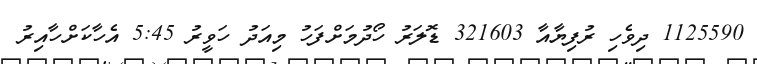
1125590 ދިވެހި ރުފިޔާއާ 321603 ޑޮލަރު ހޯދުމަށްފަހު މިއަދު ހަވީރު 5:45 އެހާކަށްހާއިރު